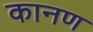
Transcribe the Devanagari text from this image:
कानण